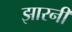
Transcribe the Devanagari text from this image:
झारनी